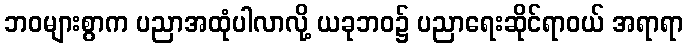
ဘဝများစွာက ပညာအထုံပါလာလို့ ယခုဘဝ၌ ပညာရေးဆိုင်ရာဝယ် အရာရာ